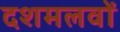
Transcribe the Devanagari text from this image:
दशमलवों